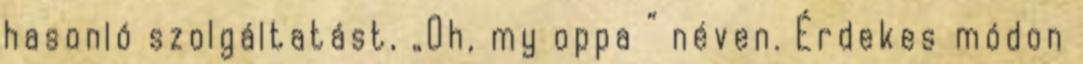
hasonló szolgáltatást, „Oh, my oppa ” néven. Érdekes módon